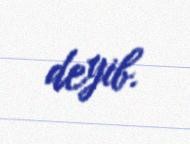
deyib.